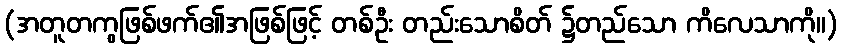
(အတူတကွဖြစ်ဖက်၏အဖြစ်ဖြင့် တစ်ဦး တည်းသောစိတ် ၌တည်သော ကိလေသာကို။)